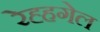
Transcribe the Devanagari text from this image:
रेह्हगेल